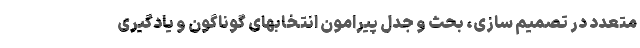
متعدد در تصمیم ­سازی، بحث و جدل پیرامون انتخابهای گوناگون و یادگیری